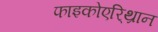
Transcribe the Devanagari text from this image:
फाइकोएरि्थ्रान